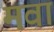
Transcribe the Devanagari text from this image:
मवा